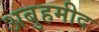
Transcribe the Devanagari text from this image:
अबुहमीद